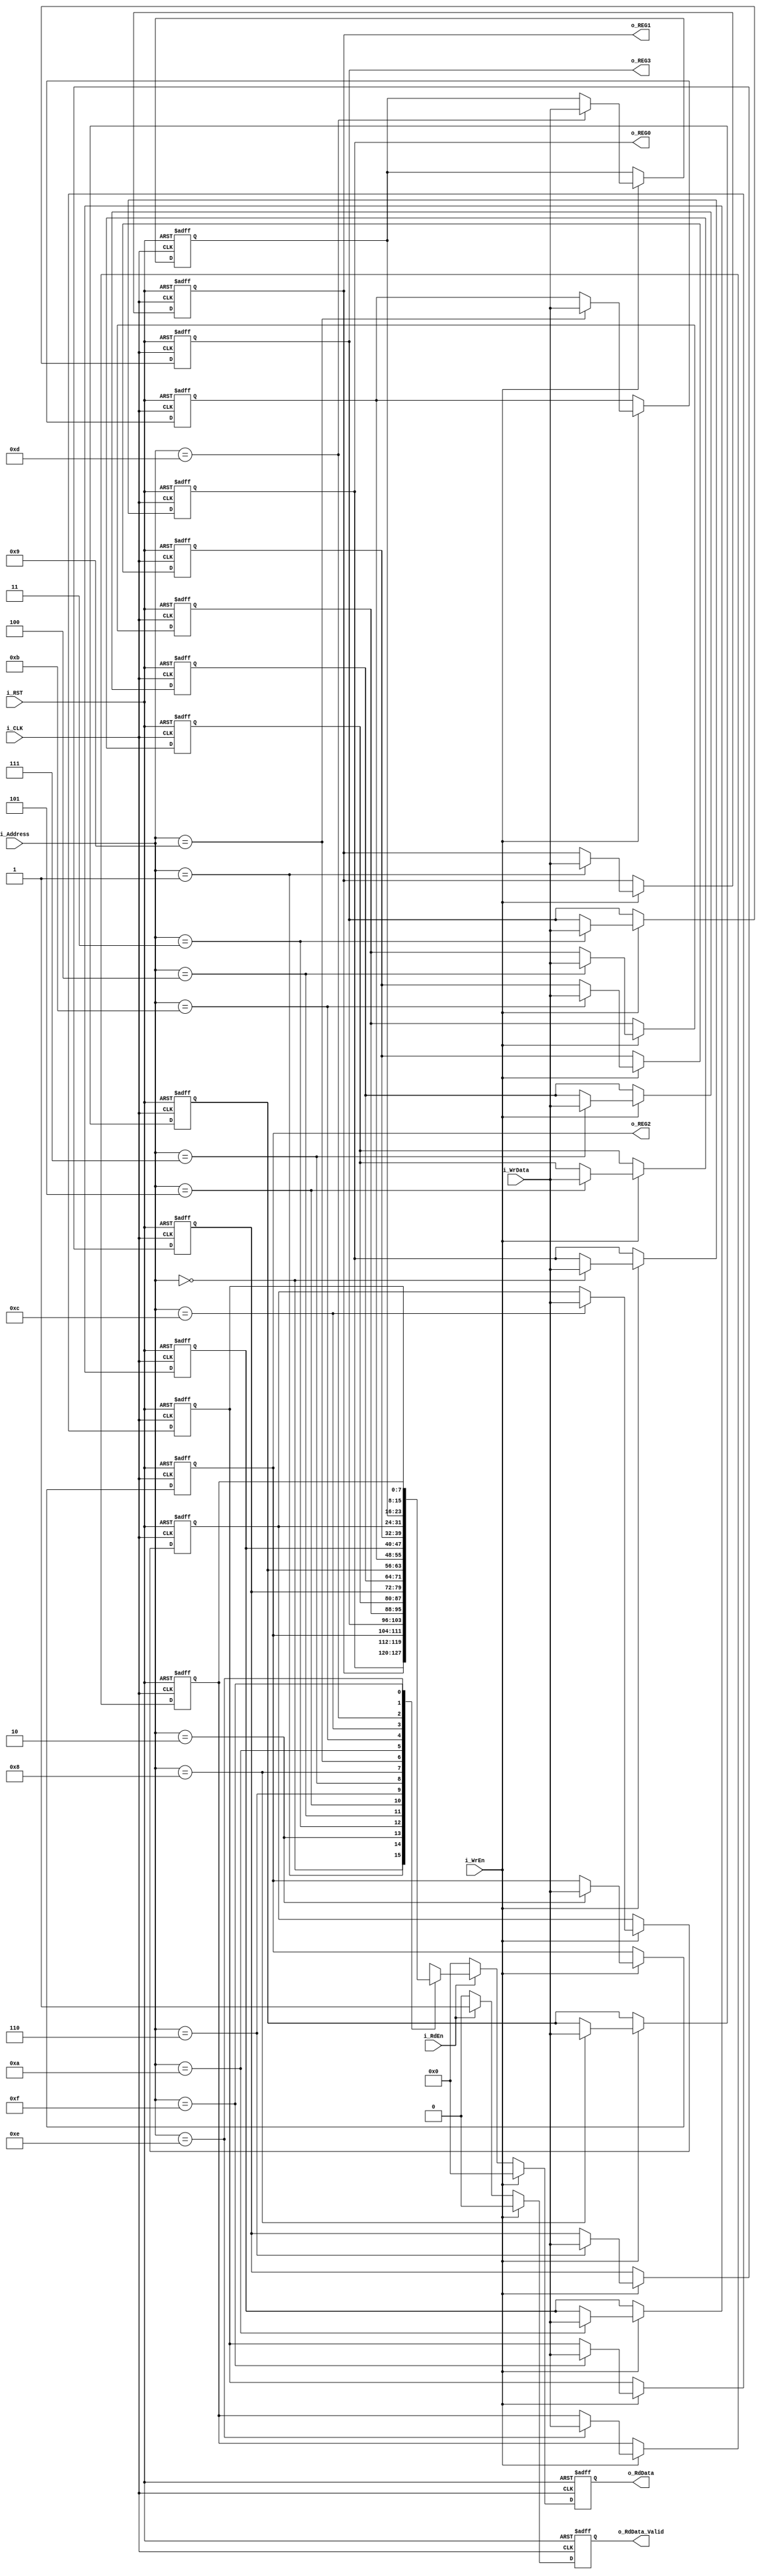
module Register_File #(
    parameter   REG_WIDTH = 8,                 /*data width of each register*/
                ADDR_WIDTH = 4                 /*width of address line*/
) (
    input   wire                        i_CLK,
    input   wire                        i_RST,
    input   wire                        i_RdEn,
    input   wire                        i_WrEn,
    input   wire    [ADDR_WIDTH-1:0]    i_Address,
    input   wire    [REG_WIDTH-1:0]     i_WrData,
    output  reg     [REG_WIDTH-1:0]     o_RdData,
    output  reg                         o_RdData_Valid,   
    output  wire    [REG_WIDTH-1:0]     o_REG0,           /*ALU Operand A*/
    output  wire    [REG_WIDTH-1:0]     o_REG1,           /*ALU Operand B*/
    output  wire    [REG_WIDTH-1:0]     o_REG2,           /*UART Config*/
    output  wire    [REG_WIDTH-1:0]     o_REG3
);

    localparam FILE_DEPTH = 2 ** ADDR_WIDTH;    /*No of registers in reg file*/
    localparam RESERVED_REGS = 4;
    reg [REG_WIDTH - 1: 0] Reg_File [0: FILE_DEPTH-1];
    integer i;

    always @(posedge i_CLK or negedge i_RST) begin
        if (~i_RST) begin
            for (i = RESERVED_REGS; i < FILE_DEPTH; i = i + 1) begin
                Reg_File[i] <= {REG_WIDTH{1'b0}};
            end

            o_RdData <= 0;
            o_RdData_Valid <= 'b0;

            /*default values*/
            Reg_File[0]         <= 'b0;        
            Reg_File[1]         <= 'b0;        
            Reg_File[2]         <= 'b0;        
            Reg_File[3]         <= 'd32;        /*Div Ratio*/
        end
        else if(i_WrEn) begin
            Reg_File[i_Address] <= i_WrData;
            o_RdData <= 'b0;
            o_RdData_Valid <= 'b0;
        end
        else if(i_RdEn)begin
            o_RdData <= Reg_File[i_Address];        /*output is registered*/
            o_RdData_Valid <= 'b1;
        end
        else begin
            o_RdData <= 0;
            o_RdData_Valid <= 'b0;
        end
    end
    
    assign o_REG0 = Reg_File[0];
    assign o_REG1 = Reg_File[1];
    assign o_REG2 = Reg_File[2];
    assign o_REG3 = Reg_File[3];

endmodule